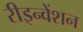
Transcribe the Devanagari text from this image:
रीइन्वेंशन